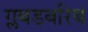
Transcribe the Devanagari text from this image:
ग्लबडबरिब